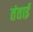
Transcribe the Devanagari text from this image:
तंताई